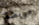
مريضة